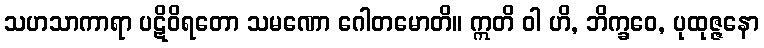
သဟသာကာရာ ပဋိဝိရတော သမဏော ဂေါတမောတိ။ ဣတိ ဝါ ဟိ, ဘိက္ခဝေ, ပုထုဇ္ဇနော